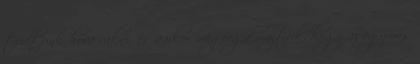
tudtunk hova rakni, és amkor megfogalmaztuk, hogy az egymás